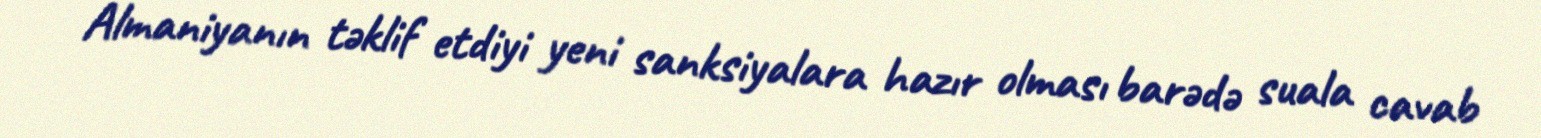
Almaniyanın təklif etdiyi yeni sanksiyalara hazır olması barədə suala cavab